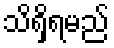
သိရှိရမည်